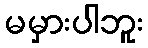
မမှားပါဘူး